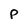
Character: P